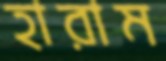
হারাম